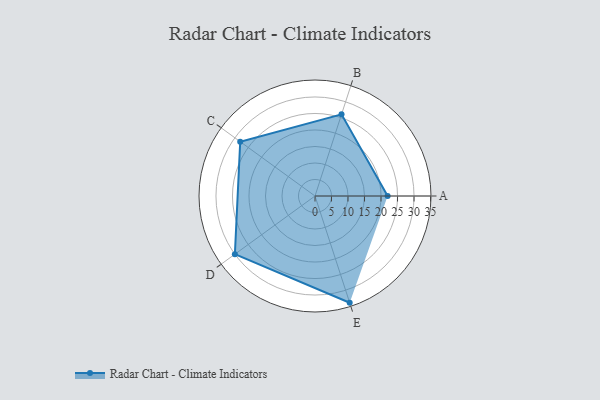
{"axis": {"x": "Skill", "y": "Score"}, "legend": ["Profile"], "data": [{"x": "A", "y": 22.0, "type": "Profile"}, {"x": "B", "y": 26.0, "type": "Profile"}, {"x": "C", "y": 28.0, "type": "Profile"}, {"x": "D", "y": 30.0, "type": "Profile"}, {"x": "E", "y": 34.0, "type": "Profile"}]}